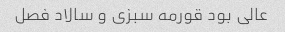
عالی بود قورمه سبزی و سالاد فصل